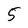
Character: 5